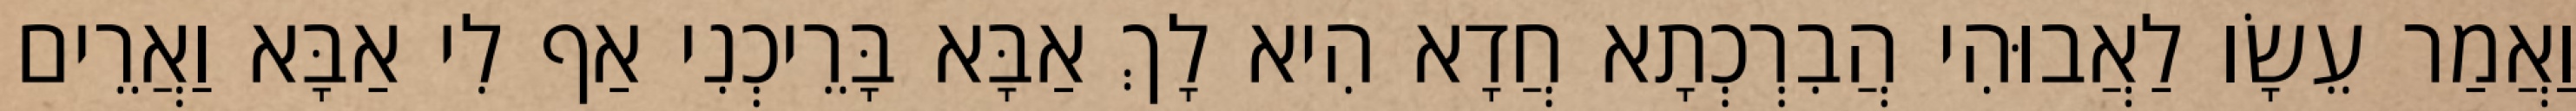
וַאֲמַר עֵשָׂו לַאֲבוּהִי הֲבִרְכְתָא חֲדָא הִיא לָךְ אַבָּא בָּרֵיכְנִי אַף לִי אַבָּא וַאֲרֵים